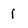
Character: i